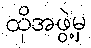
ထိုအဖွဲ့မှ